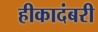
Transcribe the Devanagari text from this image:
हीकादंबरी